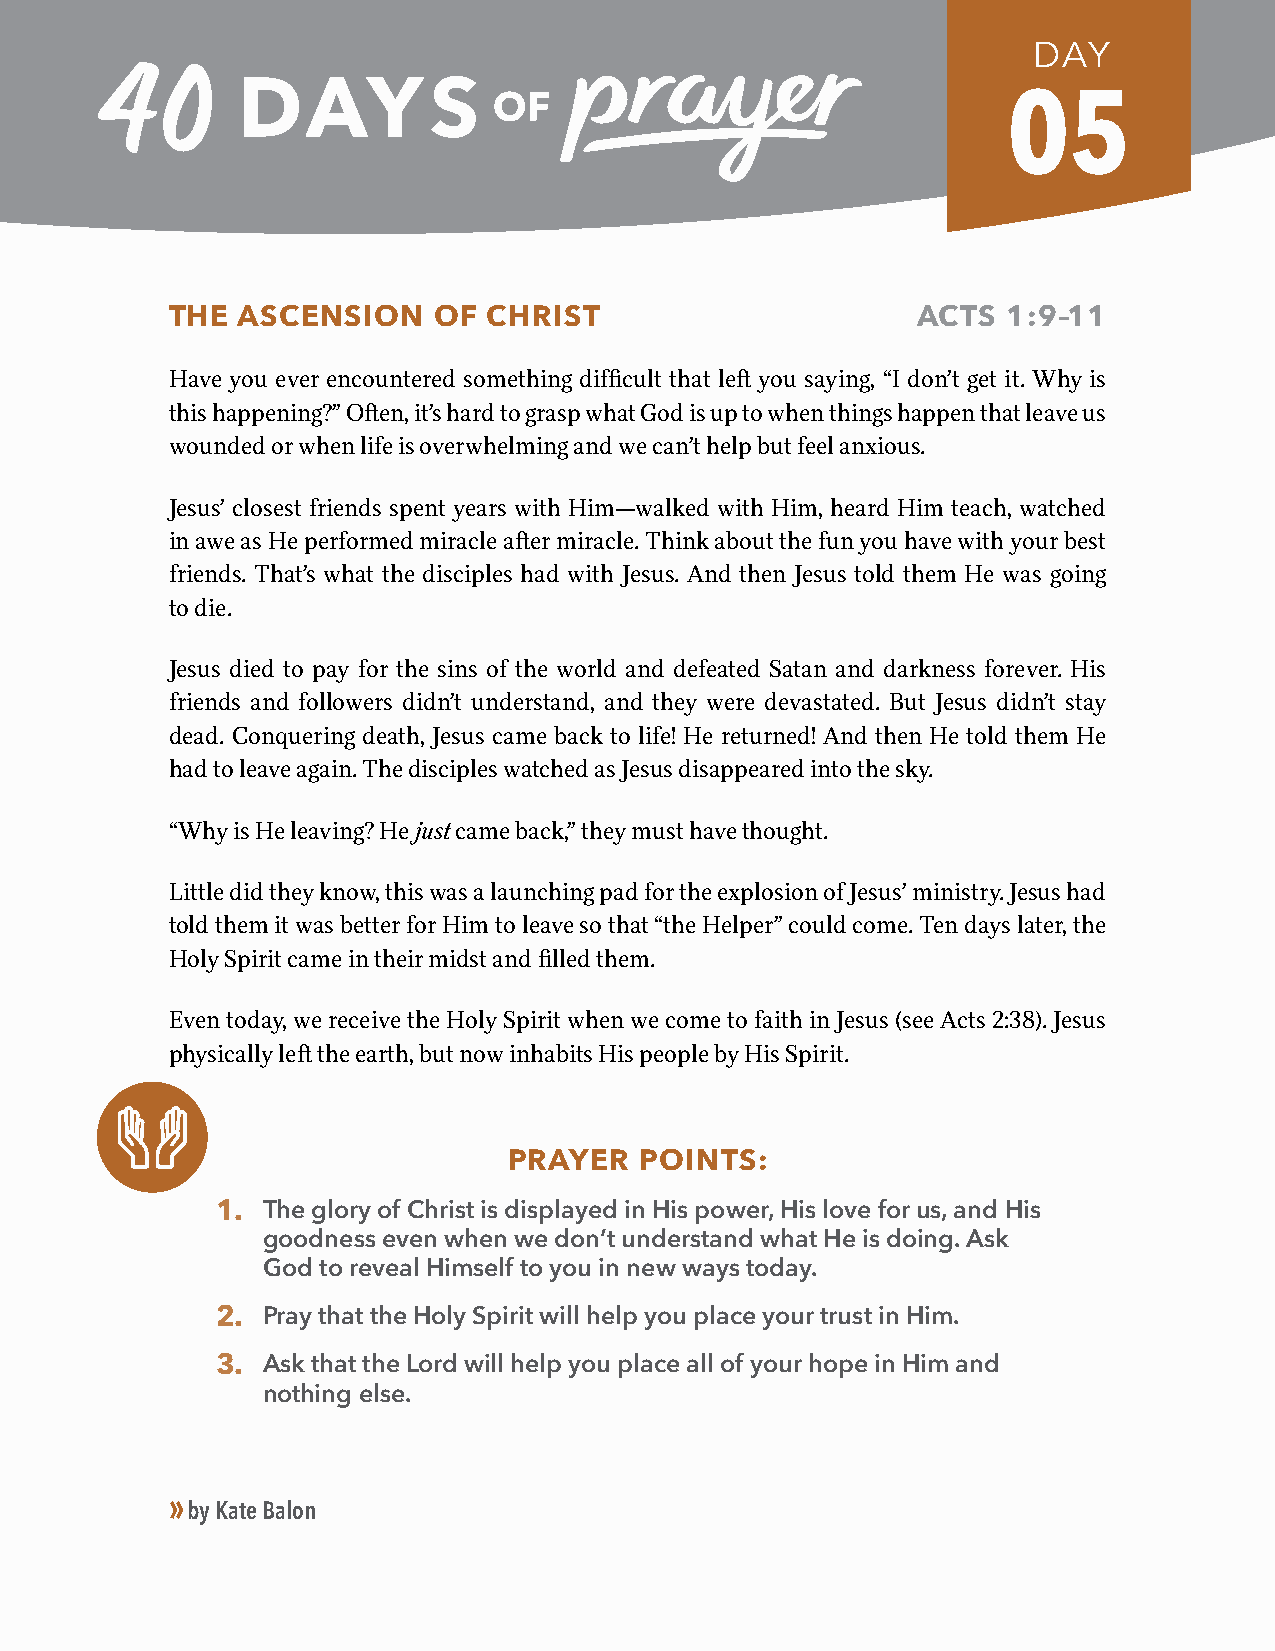
DAY
 05
 THE  ASCENSION    OF CHRIST                       ACTS  1:9–11
 Have you ever encountered something difficult that left you saying, “I don’t get it. Why is
 this happening?” Often, it’s hard to grasp what God is up to when things happen that leave us
 wounded or when life is overwhelming and we can’t help but feel anxious.
 Jesus’ closest friends spent years with Him—walked with Him, heard Him teach, watched
 in awe as He performed miracle after miracle. Think about the fun you have with your best
 friends. That’s what the disciples had with Jesus. And then Jesus told them He was going
 to die.
 Jesus died to pay for the sins of the world and defeated Satan and darkness forever. His
 friends and followers didn’t understand, and they were devastated. But Jesus didn’t stay
 dead. Conquering death, Jesus came back to life! He returned! And then He told them He
 had to leave again. The disciples watched as Jesus disappeared into the sky.
 “Why is He leaving? He just came back,” they must have thought.
 Little did they know, this was a launching pad for the explosion of Jesus’ ministry. Jesus had
 told them it was better for Him to leave so that “the Helper” could come. Ten days later, the
 Holy Spirit came in their midst and filled them.
 Even today, we receive the Holy Spirit when we come to faith in Jesus (see Acts 2:38). Jesus
 physically left the earth, but now inhabits His people by His Spirit.
 PRAYER  POINTS:
 1. The glory of Christ is displayed in His power, His love for us, and His
 goodness even when we don’t understand what He is doing. Ask
 God to reveal Himself to you in new ways today.
 2. Pray that the Holy Spirit will help you place your trust in Him.
 3. Ask that the Lord will help you place all of your hope in Him and
 nothing else.
 »
 by Kate Balon